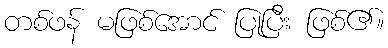
တစ်ဖန် မဖြစ်အောင် ပြုပြီး ဖြစ်၏။